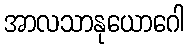
အာလသာနုယောဂေါ